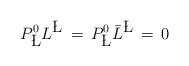
LaTeX: \begin{align*}P^0_{{\bf \L } } L^{{\bf \L } }\,=\, P^0_{{\bf \L } }{\bar L}^{{\bf \L } }\,=\,0\end{align*}